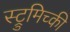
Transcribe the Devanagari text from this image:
स्ट्रुमिच्की